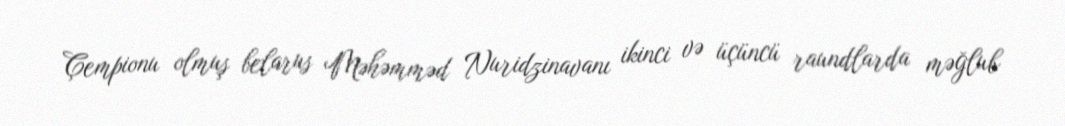
Çempionu olmuş belarus Məhəmməd Nuridzinavanı ikinci və üçüncü raundlarda məğlub